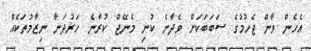
އެހެން ވާން ޖެހުމުގެ ސަބަބަކަށް ވެދާނެ ކުނި މެނޭޖް ކުރާނެ ހަރުދަނާ ނިޒާމުތަކެއް